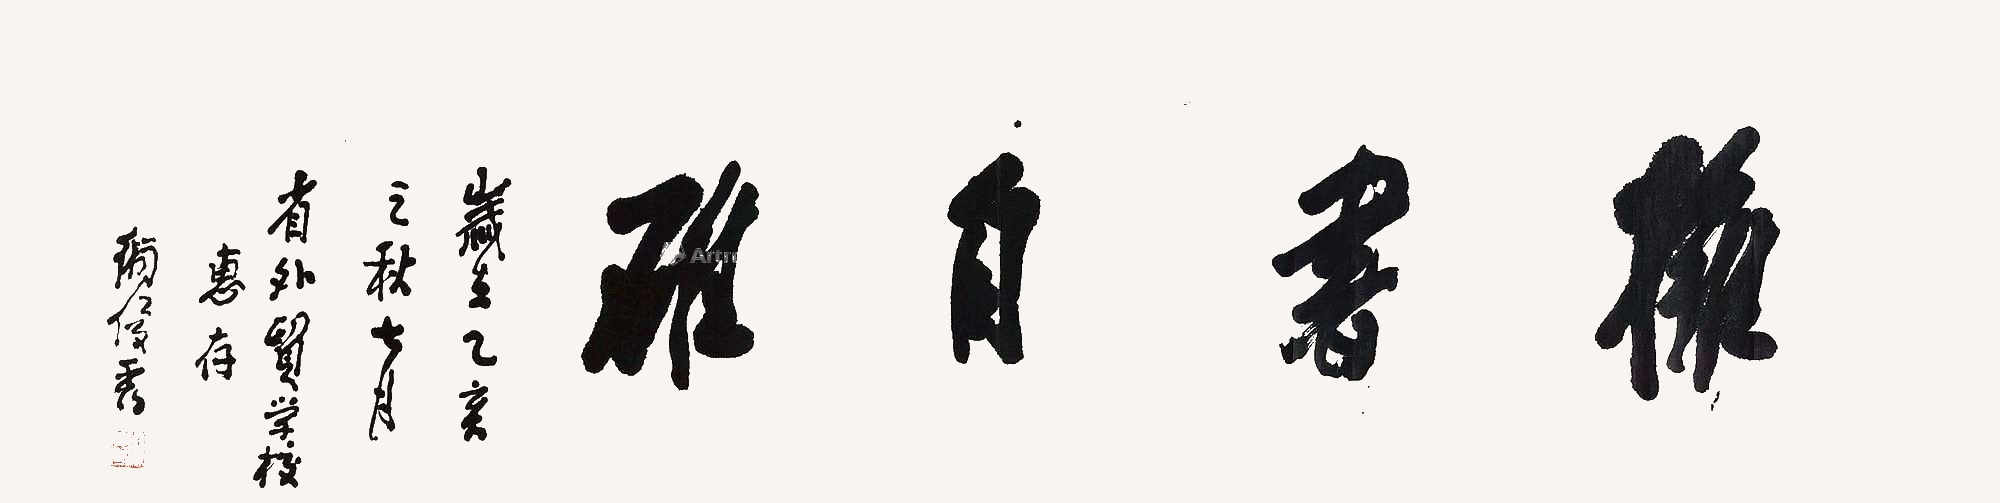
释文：拥书自雄岁在乙亥之秋七月，省外贸学校惠存，卫俊秀。